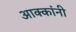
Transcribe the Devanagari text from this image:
आक्कांनी